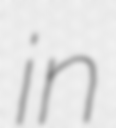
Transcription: in